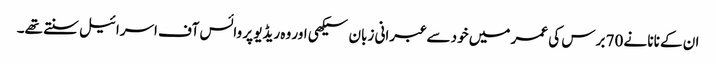
ان کے نانا نے 70 برس کی عمر میں خود سے عبرانی زبان سیکھی اور وہ ریڈیو پر وائس آف اسرائیل سنتے تھے۔